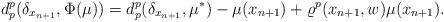
LaTeX: \begin{align*} d_p^p(\delta_{x_{n+1}},\Phi(\mu))=d_p^p(\delta_{x_{n+1}},\mu^*)-\mu(x_{n+1})+\varrho^p(x_{n+1},w)\mu(x_{n+1}).\end{align*}